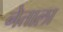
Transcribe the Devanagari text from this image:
नेताला